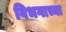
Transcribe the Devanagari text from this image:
विभगाच्या